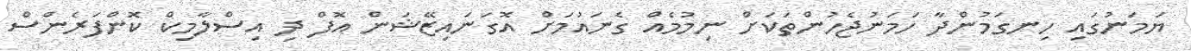
ޔަމަނުގައި ހިނގަމުންދާ ހަމަނުޖެހުންތަކަށް ނިމުމެއް ގެނައުމަށް އޮގަނައިޒޭޝަން އޮފް ދި އިސްލާމިކް ކޮންފަރެންސް